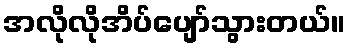
အလိုလိုအိပ်ပျော်သွားတယ်။